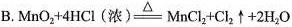
B. $$MnO_{2}+4HCl(浓)\xlongequal[]{\triangle }MnCl_{2}+Cl_{2}\uparrow +2H_{2}O$$